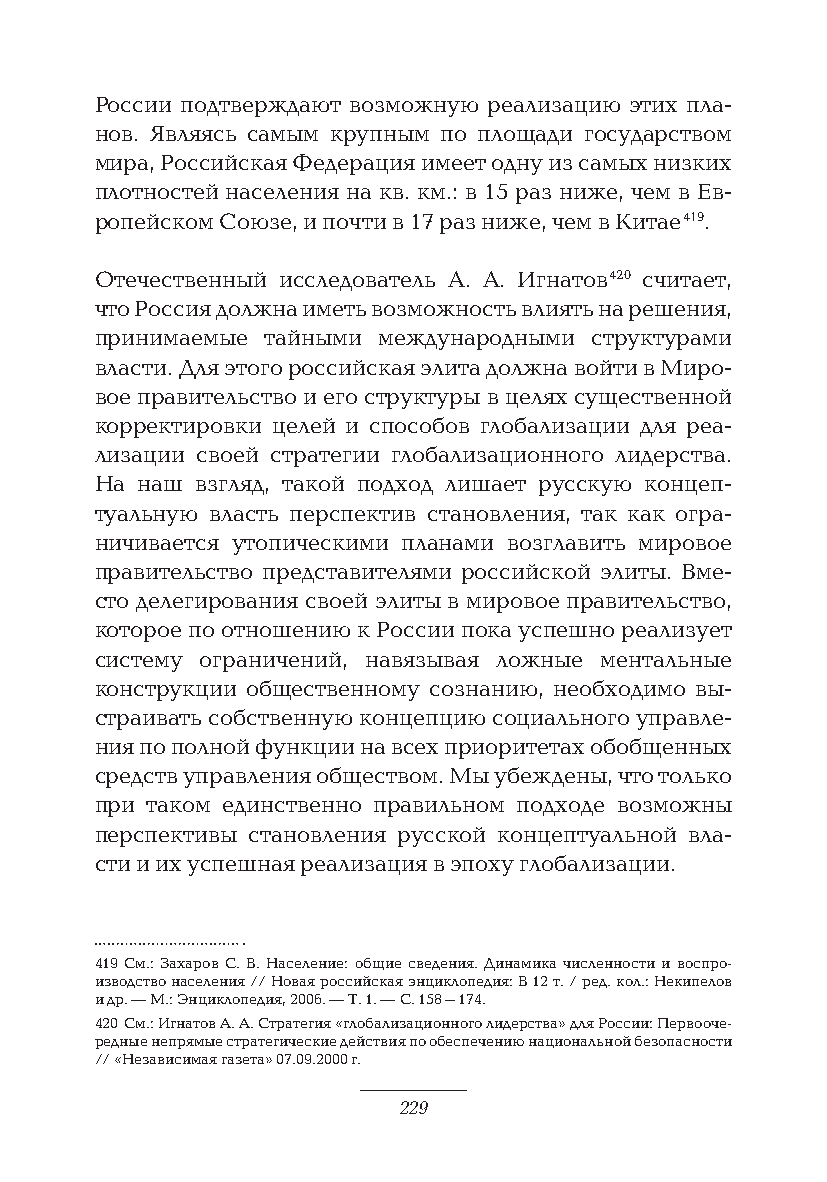
России подтверждают возможную реализацию этих пла-
 нов. Являясь самым крупным по площади государством
 мира, Российская Федерация имеет одну из самых низких
 плотностей населения на кв. км.: в 15 раз ниже, чем в Ев-
 ропейском Союзе, и почти в 17 раз ниже, чем в Китае 419.
 Отечественный исследователь А. А. Игнатов 420 считает,
 что Россия должна иметь возможность влиять на решения,
 принимаемые тайными международными структурами
 власти. Для этого российская элита должна войти в Миро-
 вое правительство и его структуры в целях существенной
 корректировки целей и способов глобализации для реа-
 лизации своей стратегии глобализационного лидерства.
 На наш взгляд, такой подход лишает русскую концеп-
 туальную власть перспектив становления, так как огра-
 ничивается утопическими планами возглавить мировое
 правительство представителями российской элиты. Вме-
 сто делегирования своей элиты в мировое правительство,
 которое по отношению к России пока успешно реализует
 систему ограничений, навязывая ложные ментальные
 конструкции общественному сознанию, необходимо вы-
 страивать собственную концепцию социального управле-
 ния по полной функции на всех приоритетах обобщенных
 средств управления обществом. Мы убеждены, что только
 при таком единственно правильном подходе возможны
 перспективы становления русской концептуальной вла-
 сти и их успешная реализация в эпоху глобализации.
 419 См.: Захаров С. В. Население: общие сведения. Динамика численности и воспро-
 изводство населения // Новая российская энциклопедия: В 12 т. / ред. кол.: Некипелов
 и др. — М.: Энциклопедия, 2006. — Т. 1. — С. 158–174.
 420 См.: Игнатов А. А. Стратегия «глобализационного лидерства» для России: Первооче-
 редные непрямые стратегические действия по обеспечению национальной безопасности
 // «Независимая газета» 07.09.2000 г.
 229